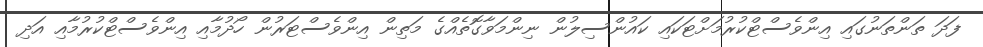
ފަދަ ތަންތަނުގައި އިންވެސްޓްކުރުމަށްޓަކައި ކައުންސިލުން ނިންމަވާގޮތެއްގެ މަތިން އިންވެސްޓަރުން ހޯދުމާއި އިންވެސްޓްކުރުމާއި އަދި